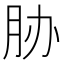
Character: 胁